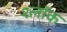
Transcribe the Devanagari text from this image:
श्लॉक